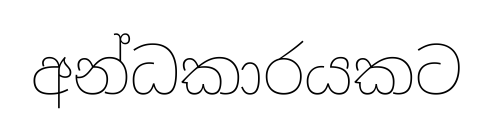
අන්ධකාරයකට